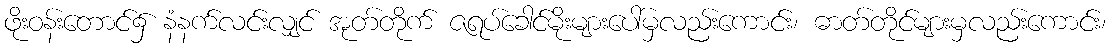
ဖိုးဝန်းတောင်၌ နံနက်လင်းလျှင် အုတ်တိုက် ဇရပ်ခေါင်မိုးများပေါ်မှလည်းကောင်း၊ ဓာတ်တိုင်များမှလည်းကောင်း၊